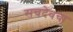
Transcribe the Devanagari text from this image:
सचदेवचा